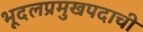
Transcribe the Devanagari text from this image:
भूदलप्रमुखपदाची